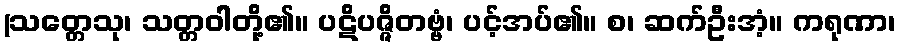
(သတ္တေသု၊ သတ္တဝါတို့၏။ ပဋိပဇ္ဇိတဗ္ဗံ၊ ပင့်အပ်၏။ စ၊ ဆက်ဦးအံ့။ ကရုဏာ၊